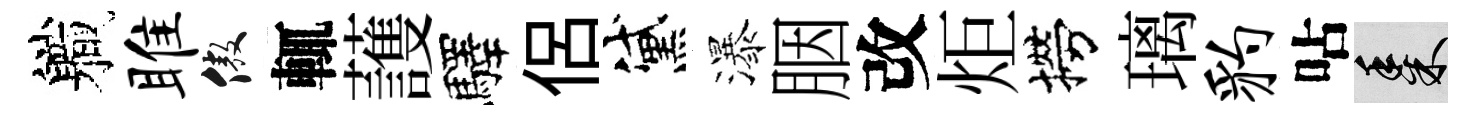
軄雎傲輒䕶驛侶黛瀑胭改炬撈璃豹呫黍